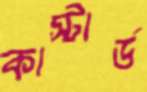
কাস্টার্ড